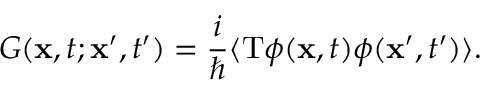
G ( { \bf x } , t ; { \bf x ^ { \prime } } , t ^ { \prime } ) = { \frac { i } { \hbar } } \langle \mathrm { T } \phi ( { \bf x } , t ) \phi ( { \bf x ^ { \prime } } , t ^ { \prime } ) \rangle .